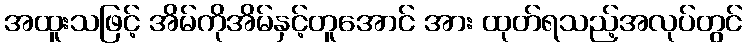
အထူးသဖြင့် အိမ်ကိုအိမ်နှင့်တူအောင် အား ထုတ်ရသည့်အလုပ်တွင်